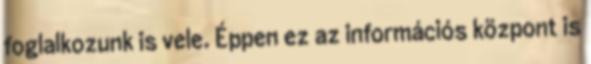
foglalkozunk is vele. Éppen ez az információs központ is